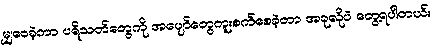
မျှဝေခဲ့ကာ ပရိသတ်တွေကို အပျော်တွေကူးစက်စေခဲ့တာ အခုလိုပဲ တွေ့ရပါတယ်။